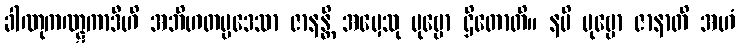
ခါဏုကဏ္ဋကာဒီဟိ အဘိဟတပ္ပဒေသာ ဇာနန္တိ အမှေသု ပုဗ္ဗော ဌိတောတိ။ နပိ ပုဗ္ဗော ဇာနာတိ အဟံ